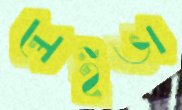
লেইভা